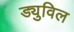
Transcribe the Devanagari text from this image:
ड्युविल